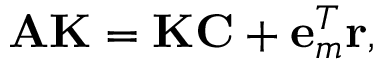
\mathbf { A K } = \mathbf { K C } + \mathbf { e } _ { m } ^ { T } \mathbf { r } ,